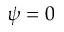
\psi = 0